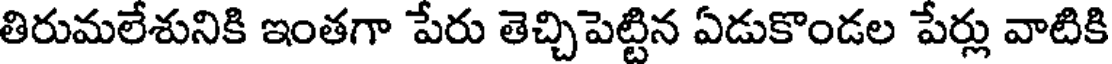
తిరుమలేశునికి ఇంతగా పేరు తెచ్చిపెట్టిన ఏడుకొండల పేర్లు వాటికి